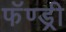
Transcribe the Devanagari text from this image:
फॅण्ड्री